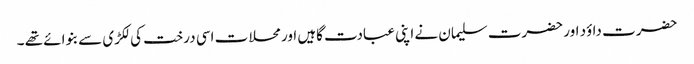
حضرت داؤد اور حضرت سلیمان نے اپنی عبادت گاہیں اور محلات اسی درخت کی لکڑی سے بنوائے تھے ۔